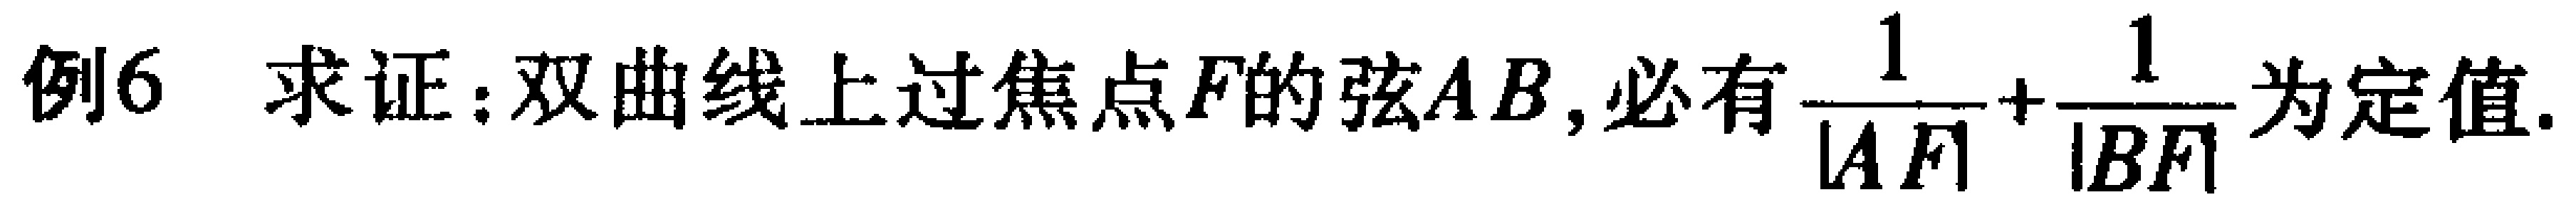
例6 求证：双曲线上过焦点\(F\)的弦\(AB\)，必有\(\frac{1}{|AF|}+\frac{1}{|BF|}\)为定值.